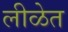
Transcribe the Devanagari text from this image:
लीळेत